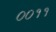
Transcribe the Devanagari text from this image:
००११